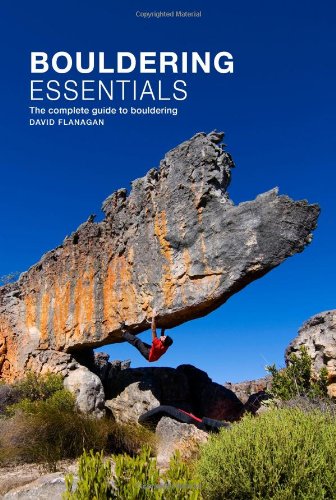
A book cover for Bouldering Essentials: The Complete Guide To Bouldering; David Flanagan; Sports & Outdoors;